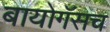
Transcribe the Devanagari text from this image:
बायोगॅसच